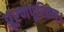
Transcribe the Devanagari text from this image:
पूरणपूरितम्।